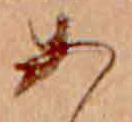
あ